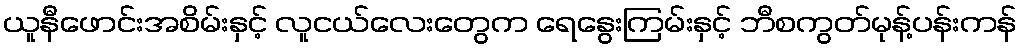
ယူနီဖောင်းအစိမ်းနှင့် လူငယ်လေးတွေက ရေနွေးကြမ်းနှင့် ဘီစကွတ်မုန့်ပန်းကန်